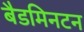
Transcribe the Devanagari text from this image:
बैडमिनटन